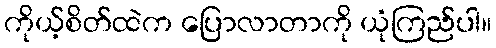
ကိုယ့်စိတ်ထဲက ပြောလာတာကို ယုံကြည်ပါ။